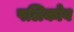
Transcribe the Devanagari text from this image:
पलिकोव